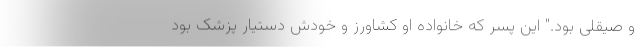
و صیقلی بود." این پسر که خانواده او کشاورز و خودش دستیار پزشک بود